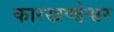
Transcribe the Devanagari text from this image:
कारखण्डेश्वर